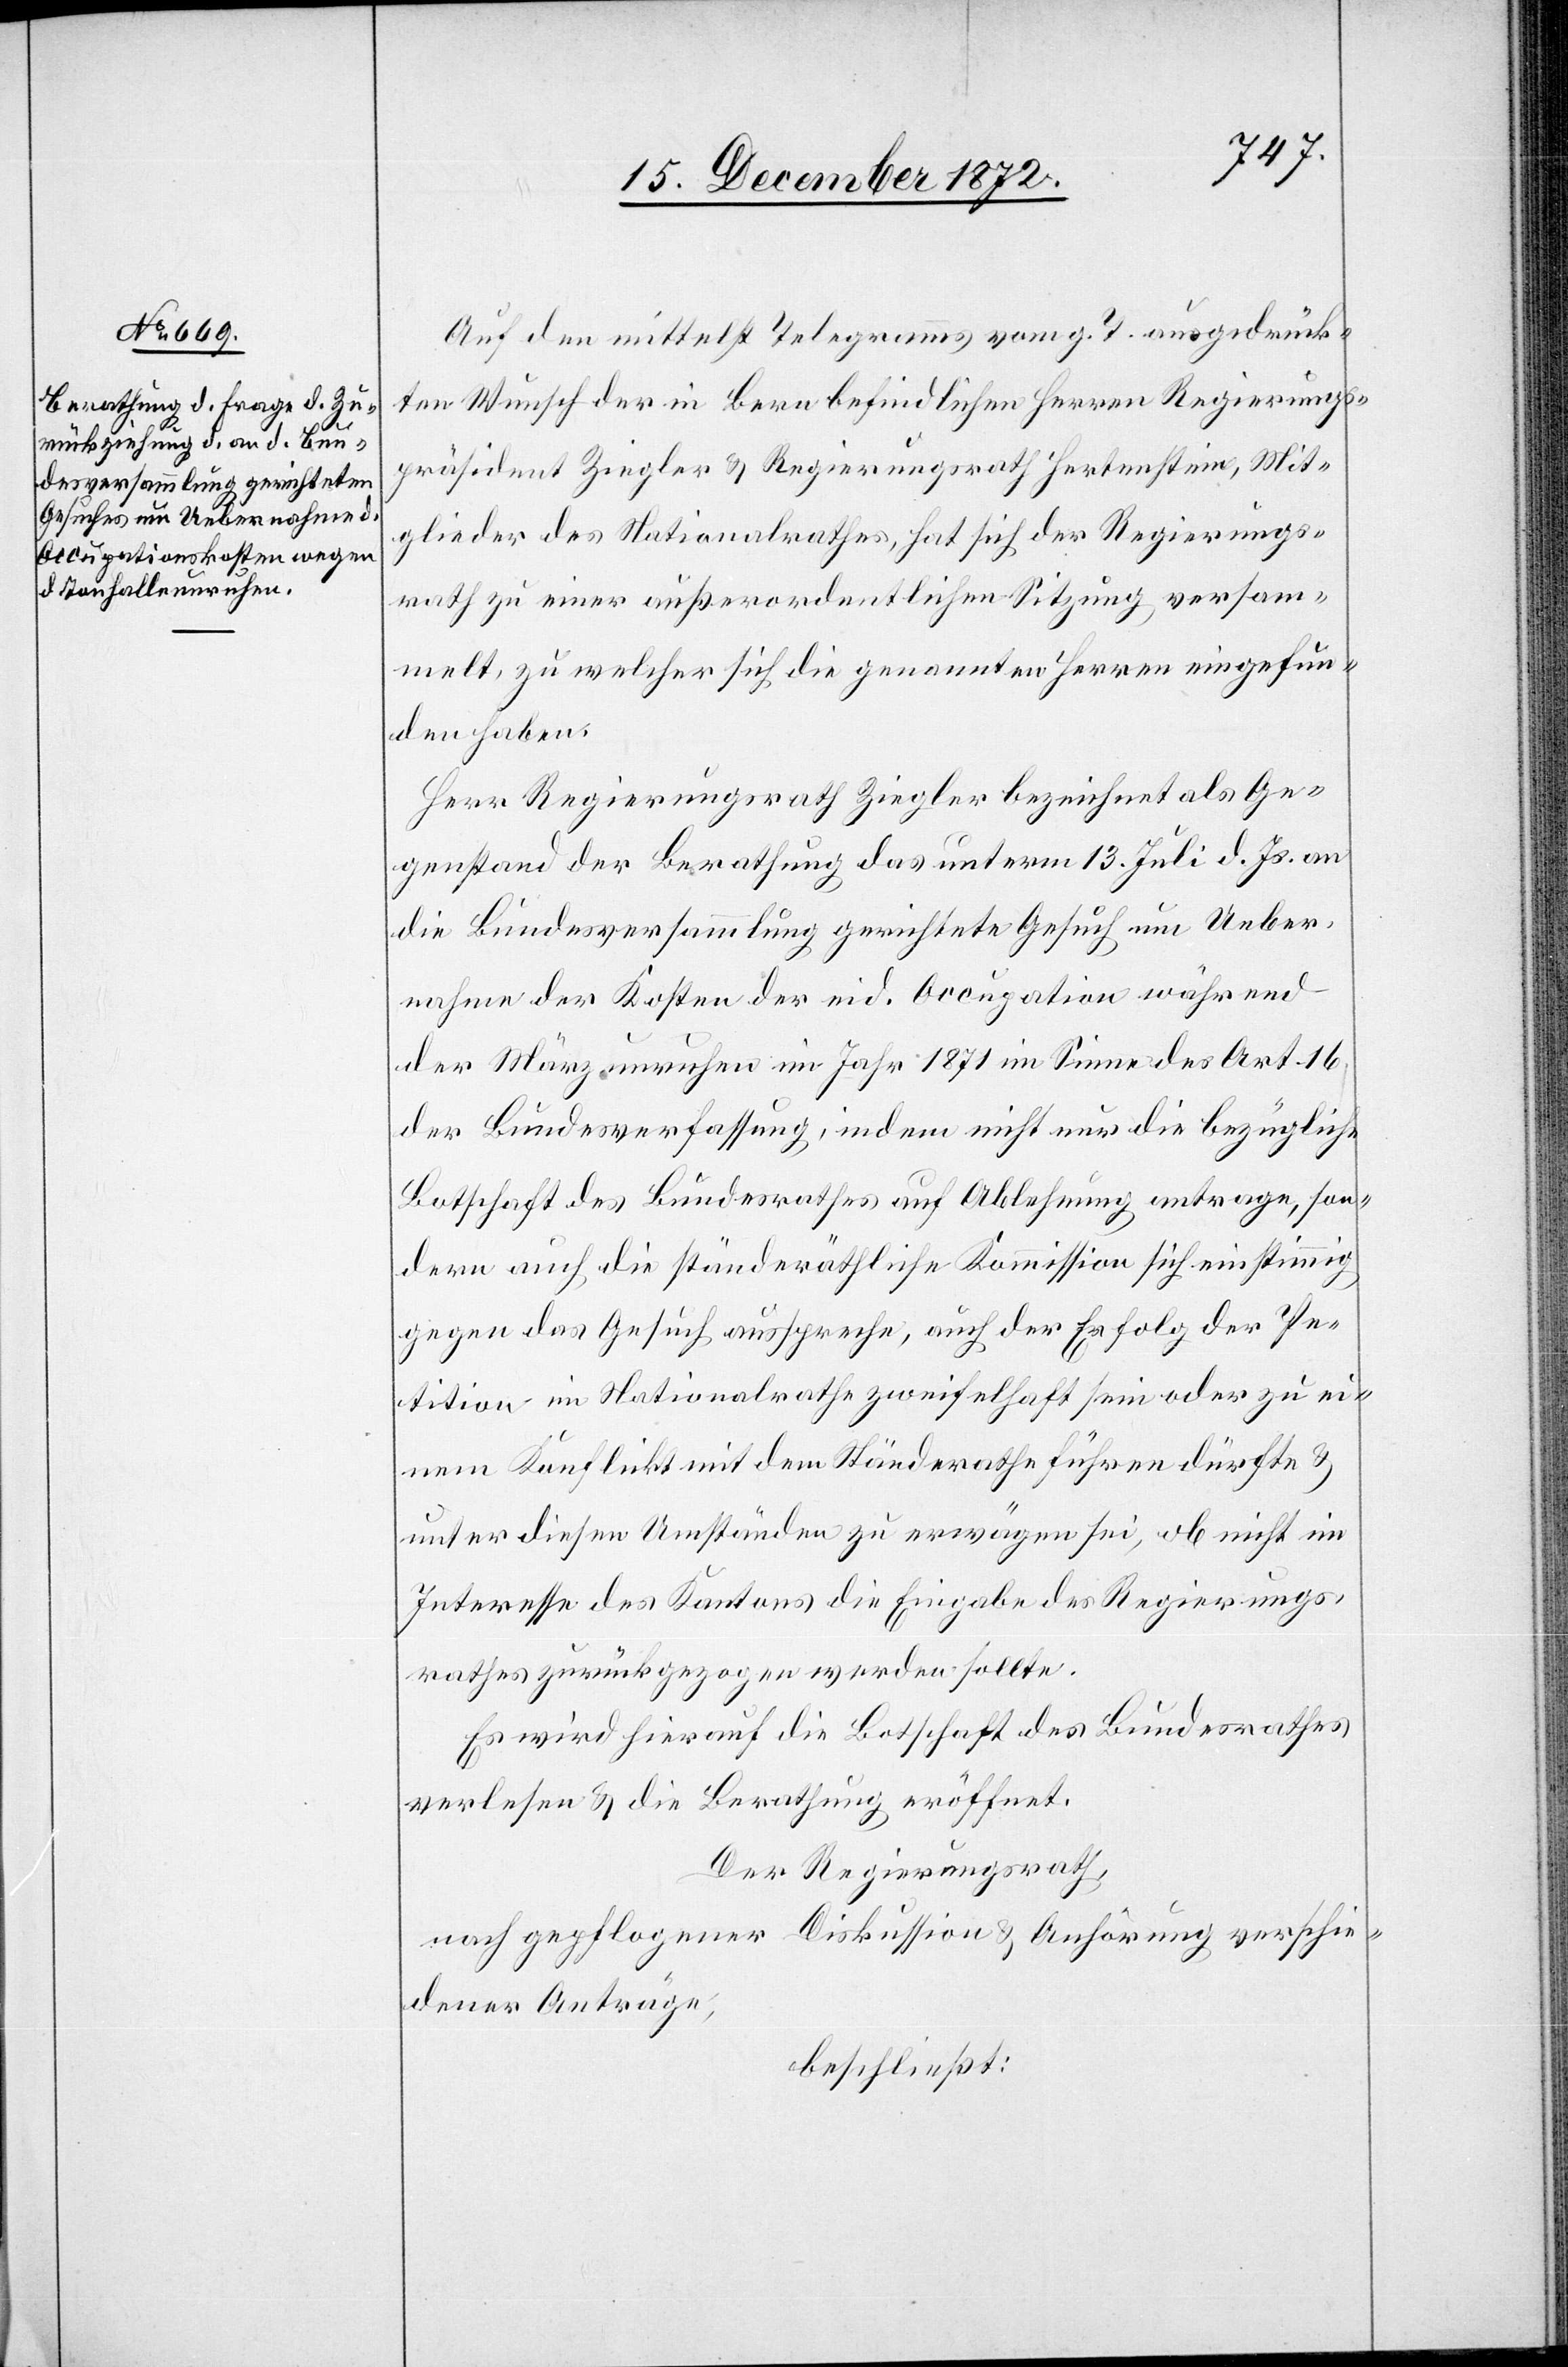
Auf den mittelst Telegramms vom g. T. ausgedrück¬
ten Wunsch der in Bern befindlichen Herren Regierungs¬
präsident Ziegler u. Regierungsrath Hertenstein, Mit¬
glieder des Nationalrathes, hat sich der Regierungs¬
rath zu einer außerordentlichen Sitzung versam¬
melt, zu welcher sich die genannten Herren eingefun¬
den haben.
Herr Regierungsrath Ziegler bezeichnet als Ge¬
genstand der Berathung das unterm 13. Juli d. Js. an
die Bundesversammlung gerichtete Gesuch um Ueber¬
nahme der Kosten der eid. Occupation während
der Märzunruhen im Jahr 1871 im Sinne des Art. 16
der Bundesverfassung, indem nicht nur die bezügliche
Botschaft des Bundesrathes auf Ablehnung antrage, son¬
dern auch die ständesräthliche Kommission sich einstimmig
gegen das Gesuch ausspreche, auch der Erfolg der Pe¬
tition im Nationalrathe zweifelhaft sein oder zu ei¬
nem Konflikt mit dem Ständerathe führen dürfte u.
unter diesen Umständen zu erwägen sei, ob nicht im
Interesse des Kantons die Eingabe des Regierungs¬
rathes zurückgezogen werden sollte.
Es wird hierauf die Botschaft des Bundesrathes
verlesen u. die Berathung eröffnet.
Der Regierungsrath,
nach gepflogener Diskussion u. Anhörung verschie¬
dener Anträge,
beschließt: